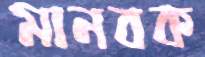
মানবক